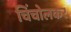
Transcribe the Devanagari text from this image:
चिंचोलकर